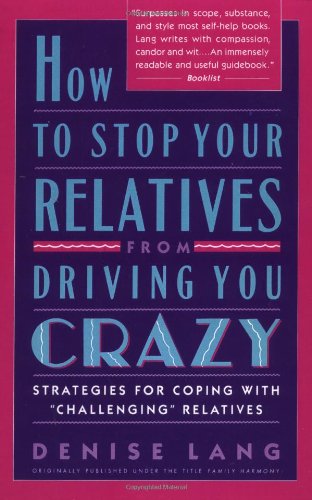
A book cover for How to Stop Your Relatives from Driving You Crazy: Strategies for Coping With; Denise Lang; Parenting & Relationships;